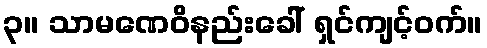
၃။ သာမဏေဝိနည်းခေါ် ရှင်ကျင့်ဝက်။